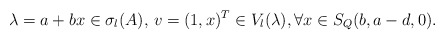
\begin{align*}\lambda=a+bx\in \sigma_l(A),\, v=(1,x)^T\in V_l(\lambda),\forall x\in S_Q(b,a-d,0).\end{align*}